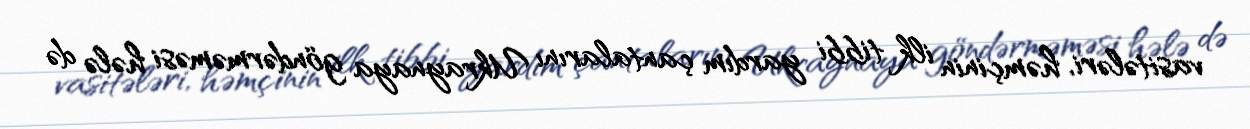
vasitələri, həmçinin ilk tibbi yardım çantalarını Ukraynaya göndərməməsi hələ də